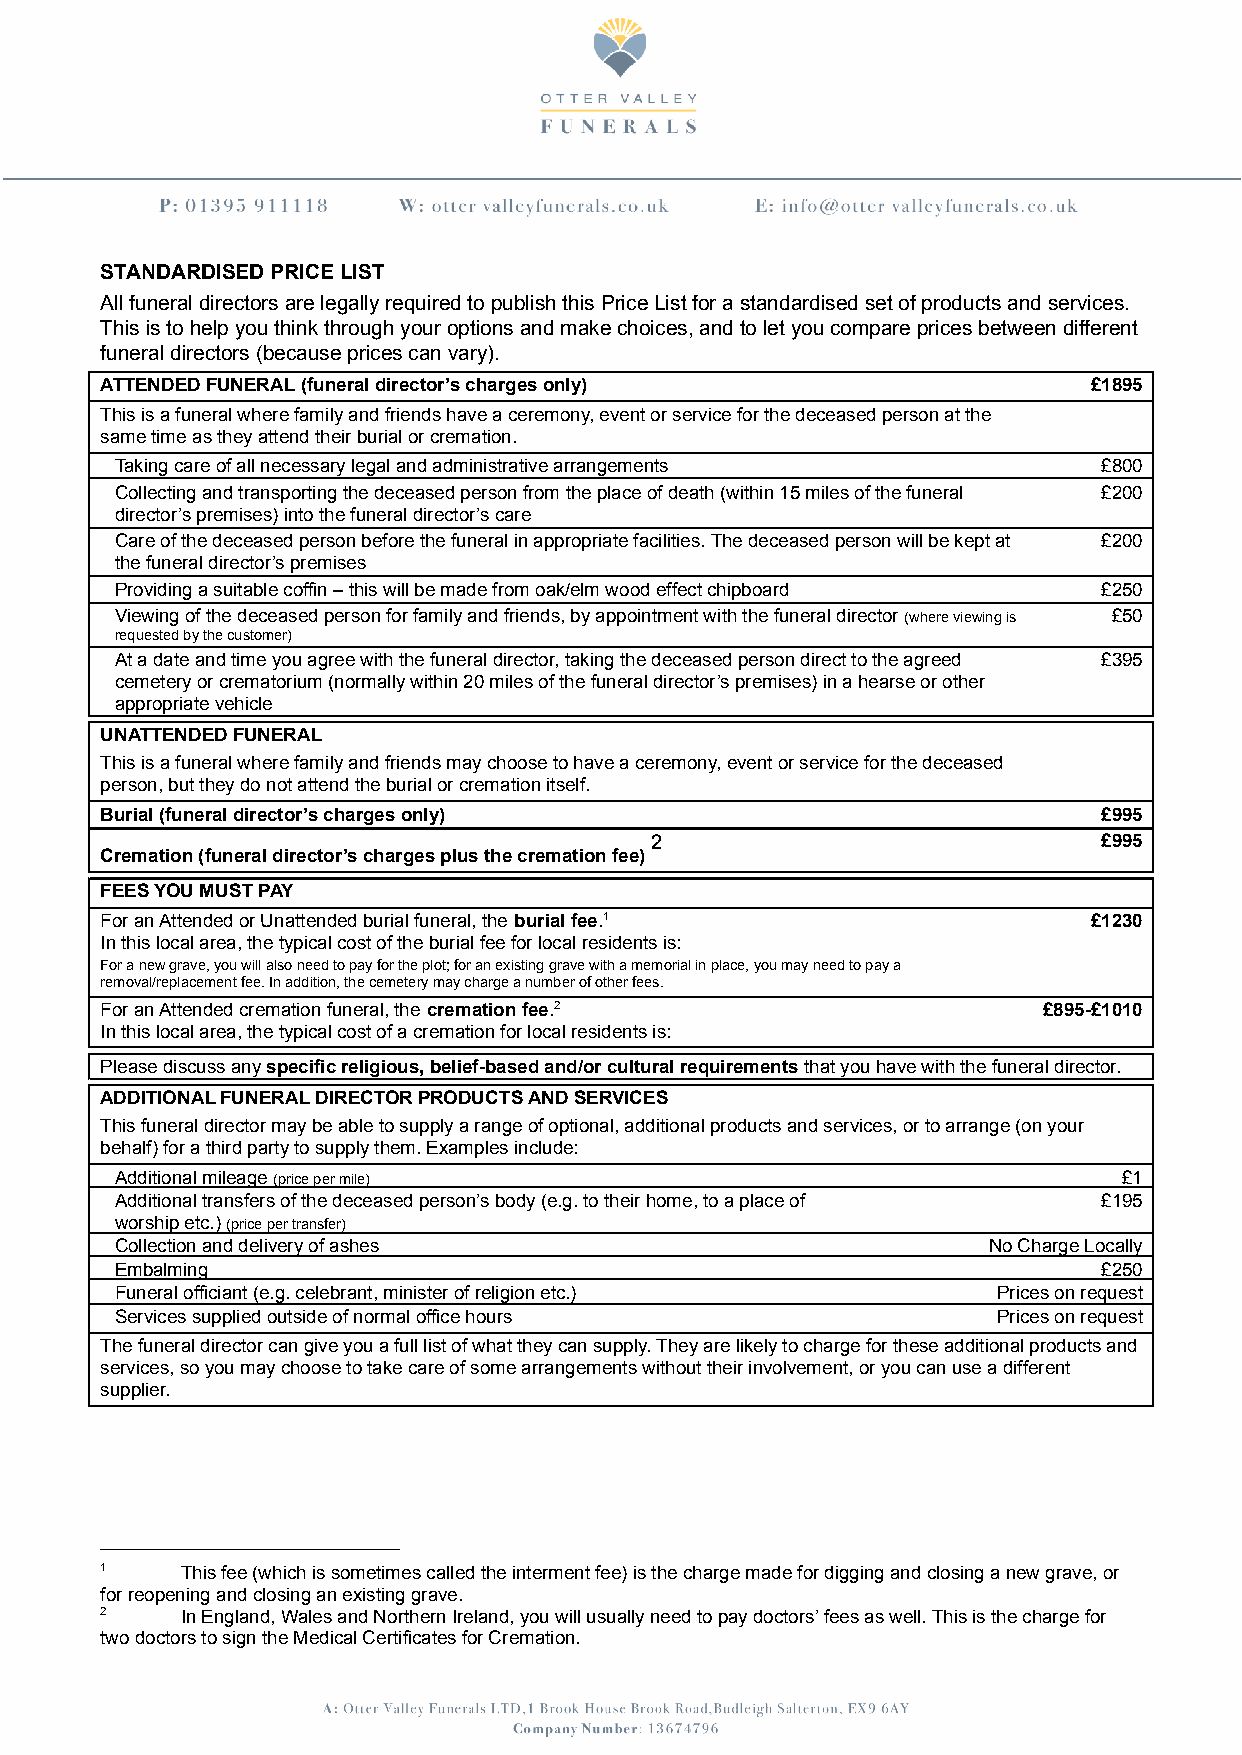
STANDARDISED PRICE LIST
 All funeral directors are legally required to publish this Price List for a standardised set of products and services.
 This is to help you think through your options and make choices, and to let you compare prices between different
 funeral directors (because prices can vary).
 ATTENDED FUNERAL (funeral director’s charges only)               £1895
 This is a funeral where family and friends have a ceremony, event or service for the deceased person at the
 same time as they attend their burial or cremation.
 Taking care of all necessary legal and administrative arrangements £800
 Collecting and transporting the deceased person from the place of death (within 15 miles of the funeral £200
 director’s premises) into the funeral director’s care
 Care of the deceased person before the funeral in appropriate facilities. The deceased person will be kept at £200
 the funeral director’s premises
 Providing a suitable coffin – this will be made from oak/elm wood effect chipboard £250
 Viewing of the deceased person for family and friends, by appointment with the funeral director(where viewingis £50
 requested by the customer)
 At a date and time you agree with the funeral director, taking the deceased person direct to the agreed £395
 cemetery or crematorium (normally within 20 miles of the funeral director’s premises) in a hearse or other
 appropriate vehicle
 UNATTENDED FUNERAL
 This is a funeral where family and friends may choose to have a ceremony, event or service for the deceased
 person, but they do not attend the burial or cremation itself.
 Burial (funeral director’s charges only)                          £995
 2                             £995
 Cremation (funeral director’s charges plus the cremation fee)
 FEES YOU MUST PAY
 For an Attended or Unattended burial funeral, theburial fee.1    £1230
 In this local area, the typical cost of the burial fee for local residents is:
 For a new grave, you will also need to pay for the plot; for an existing grave with a memorial in place, you may need to pay a
 removal/replacement fee. In addition, the cemetery may charge a number of other fees.
 For an Attended cremation funeral, thecremation fee.2         £895-£1010
 In this local area, the typical cost of a cremation for local residents is:
 Please discuss anyspecific religious, belief-basedand/or cultural requirementsthat you have with thefuneral director.
 ADDITIONAL FUNERAL DIRECTOR PRODUCTS AND SERVICES
 This funeral director may be able to supply a range of optional, additional products and services, or to arrange (on your
 behalf) for a third party to supply them. Examples include:
 Additional mileage(price per mile)                                £1
 Additional transfers of the deceased person’s body (e.g. to their home, to a place of £195
 worship etc.)(price per transfer)
 Collection and delivery of ashes                         No Charge Locally
 Embalming                                                        £250
 Funeral officiant (e.g. celebrant, minister of religion etc.) Prices on request
 Services supplied outside of normal office hours          Prices on request
 The funeral director can give you a full list of what they can supply. They are likely to charge for these additional products and
 services, so you may choose to take care of some arrangements without their involvement, or you can use a different
 supplier.
 1    This fee (which is sometimes called the interment fee) is the charge made for digging and closing a new grave, or
 for reopening and closing an existing grave.
 2    In England, Wales and Northern Ireland, you will usually need to pay doctors’ fees as well. This is the charge for
 two doctors to sign the Medical Certificates for Cremation.